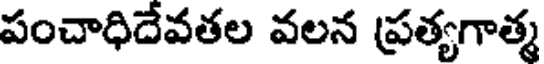
పంచాధిదేవతల వలన ప్రత్యగాత్మ